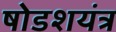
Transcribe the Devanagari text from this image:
षोडशयंत्र